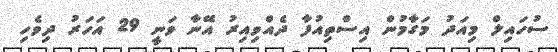
ސުހައިލް މިއަދު މަގާމުން އިސްތިއުފާ ދެއްވިއިރު އޭނާ ވަނީ 29 އަހަރު ދިވެހި